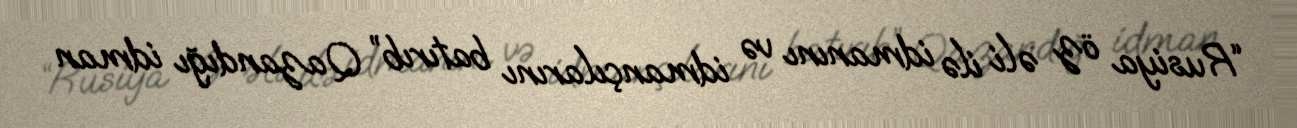
“Rusiya öz əli ilə idmanını və idmançılarını batırıb” Qazandığı idman